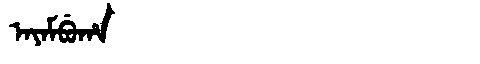
Manchu: ᠠᠶᠠᠮᠪᡠᡥᠠ
Romanization: AYAMBUHA